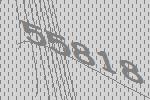
55818